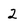
Character: 2